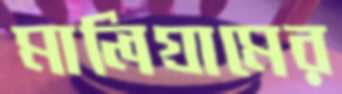
মালিগ্রামের